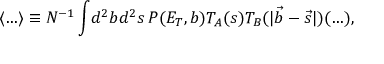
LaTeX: \langle \ldots \rangle \equiv N ^ { - 1 } \int \! d ^ { 2 } b d ^ { 2 } s \, P ( E _ { T } , b ) T _ { A } ( s ) T _ { B } ( | \vec { b } - \vec { s } | ) ( \ldots ) ,